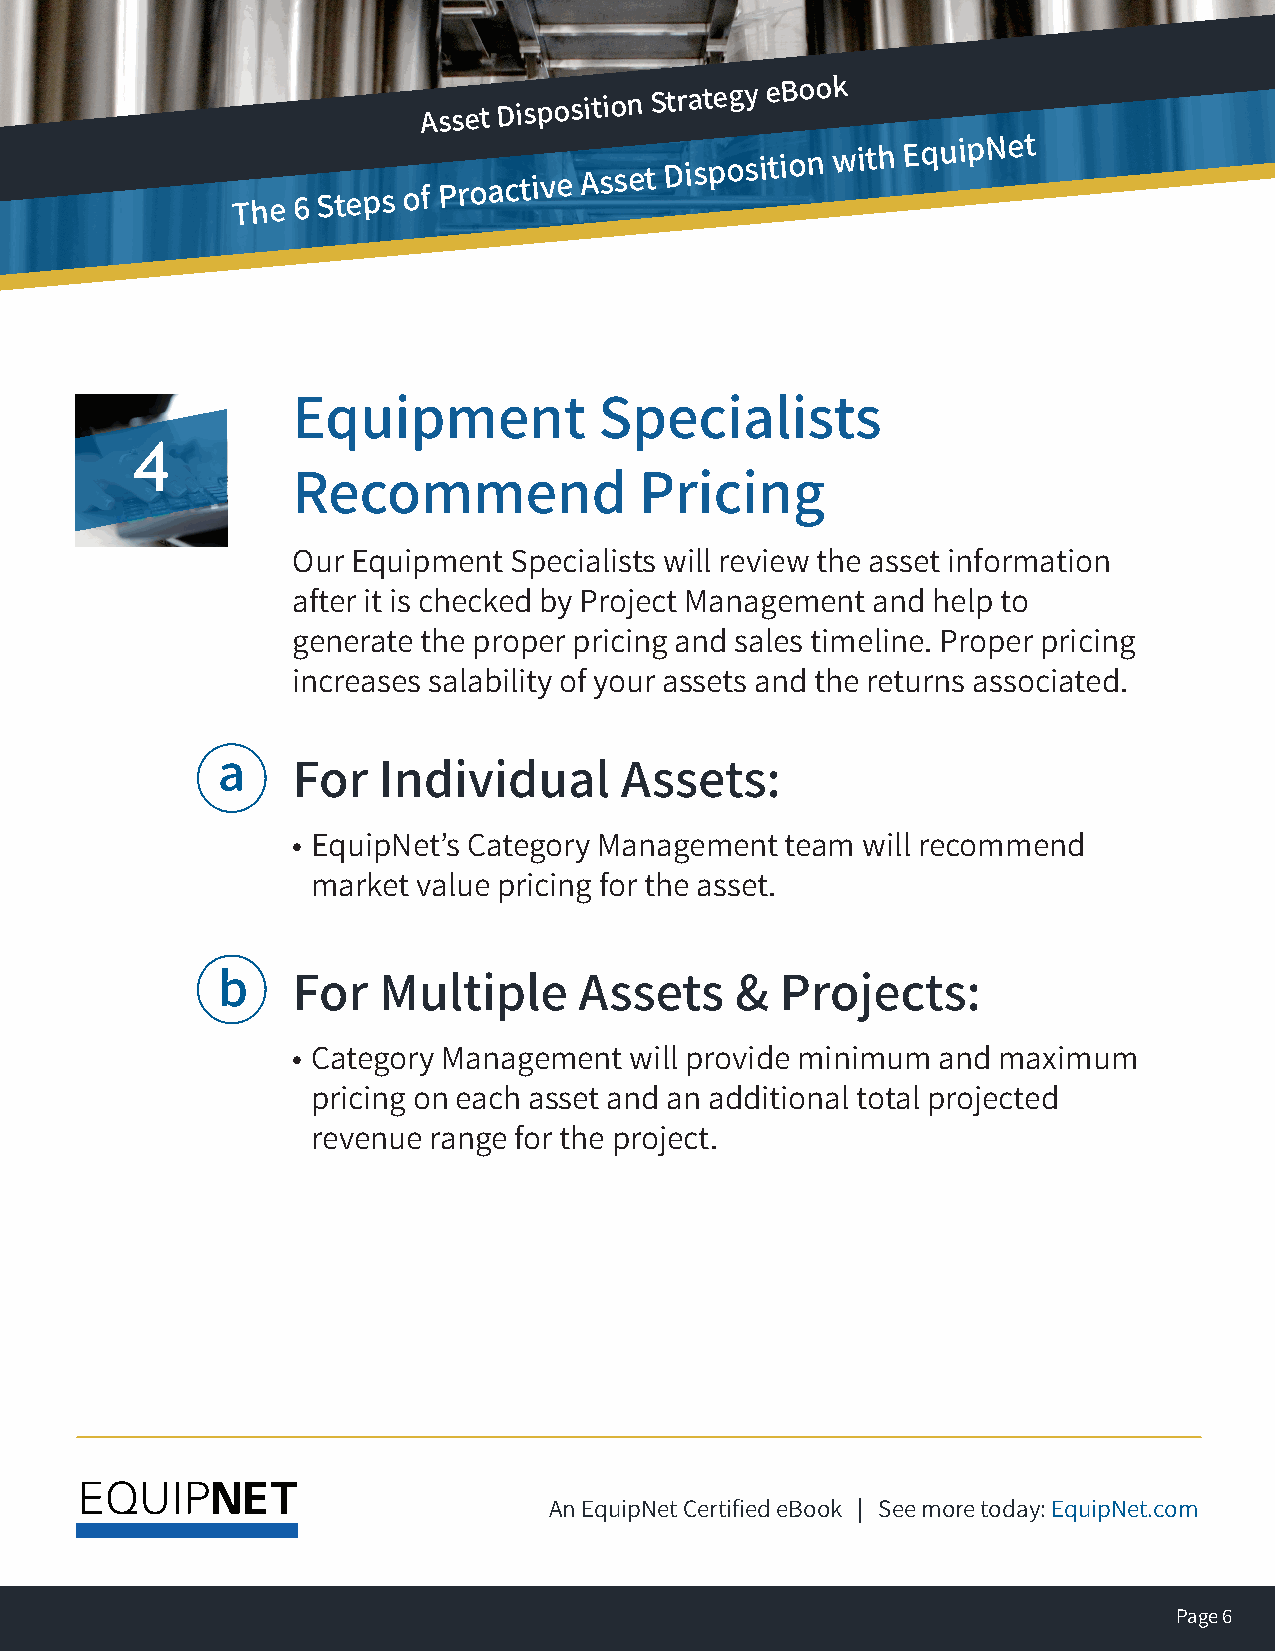
Asset
 Disposition
 Strategy EBook
 The 6
 Steps
 oA
 f
 Pss re ot
 a
 D ci ts ip vo es Ait sio sn
 e
 tS Dtr ia st pe ogy
 s
 ie tiB oo no wk
 ith EquipNet                         The 6 Steps of Proactive Asset
 Disposition with EquipNet
 Equipment            Specialists
 4
 Recommend              Pricing
 Our Equipment  Specialists will review the asset information
 after it is checked by Project Management and help to
 generate the proper pricing and sales timeline. Proper pricing
 increases salability of your assets and the returns associated.
 a
 For   Individual      Assets:
 • EquipNet’s Category Management team will recommend
 market value pricing for the asset.
 b    For   Multiple     Assets     &  Projects:
 • Category Management  will provide minimum and maximum
 pricing on each asset and an additional total projected
 revenue range for the project.
 An EquipNet Certified eBook | See more today: EquipNet.com
 Page 6